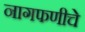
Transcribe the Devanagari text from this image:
नागफणीचे